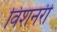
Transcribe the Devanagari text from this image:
विशनरी